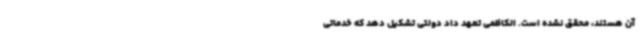
آن هستند، محقق نشده است. الکاظمی تعهد داد دولتی تشکیل دهد که خدماتی